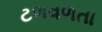
ટળવળતા